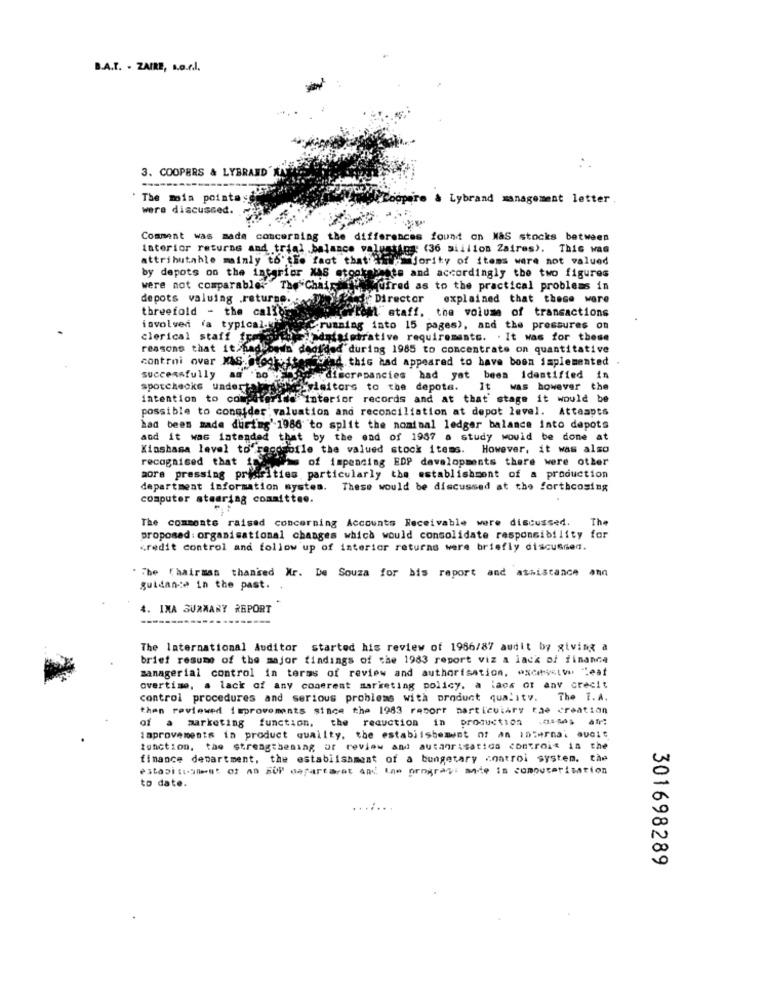
B.A.T. . ZAIRE, s.a.r.l.
3. COOPERS & LYBRAND
. The mois pointey
pire & Lybrand management letter
were discussed.
Comment was made concerning the differences found on M&S stocks between
Interior returns and trial balance valustigg: (36 million Zaires). This was
attributable mainly to'the fact that iin Jority of items were not valued
by depots on the interior MAS etookabaste and accordingly the two figures
were not comparables The Chairet Wy quired as to the practical problems in
depots valuing .returns. The
Cy Director explained that these were
threefold - the callbis
flest staff. the volume of transactions
involved (a typical.kit
running into 15 pages), and the pressures on
clerical staff freisito indataimbrative requirements. . It was for these
reasons that it.hadbs
d'during 1985 to concentrate on quantitative
controi over MAS Ologie
Wind this had appeared to have boon implemented
successfully
discrepancies had yat been Identified in
sporchecks undertaking@ _visitors to the depots. It was however the
intention to col
"Interior records and at that stage it would be
possible to consider valuation and reconciliation at depot level. Attempts
had been made during' 1986 to split the nominal ledger balance into depots
and it was intended that by the end of 1987 a study would be done at
Kinshasa level to" recomofle the valued stock items. However, it was also
recognised that fredin of impending EDP developments there were other
aore pressing priorities particularly the establishment of a production
department information system. These would be discussed at the forthcoming
computer steering committee.
The comments raised concerning Accounts Receivable were discussed.
The
propomed : organisational changes which would consolidate responsibility for
Kredit control and follow up of interior returns were briefly discussien.
. The Chairman thanised Mr. De Souza for bis report and assistance and
guidance in the past.
4. IMA SURMANY REPORT
The International Auditor started his review of 1986/87 audit by giving a
brief resume of the major findings of the 1983 report viz a lack of finance
managerial control in terms of review and authorisation, excessive leat
overtime, a lack of any conerent marketing policy. a lack of any crecit
control procedures and serious problems with product quality. The I.A.
then reviewed improvements since the 1983 resort particulary tae creatian
of a marketing function, the reduction in production ,dass af!
improvements in product quality, the establishement of an internal audit
function, the strengthening or review and autanrisatids controis in the
finance department, the establishment of a bungetary control system. the
estaDius of A Usartarat the programs made in computerization
to date.
301698289